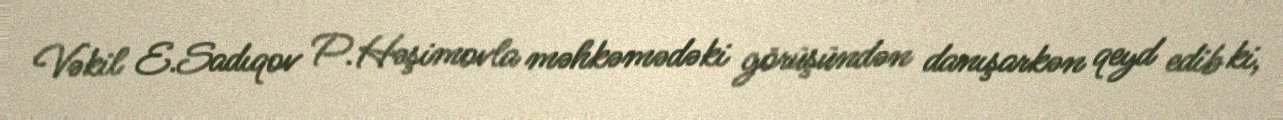
Vəkil E.Sadıqov P.Həşimovla məhkəmədəki görüşündən danışarkən qeyd edib ki,